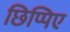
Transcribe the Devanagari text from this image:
छिप्पिए